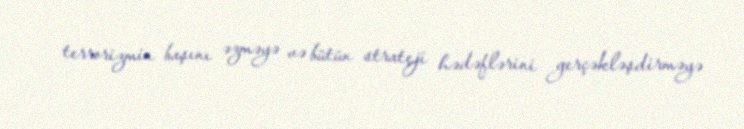
terrorizmin başını əzməyə və bütün strateji hədəflərini gerçəkləşdirməyə